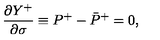
\frac { \partial Y ^ { + } } { \partial \sigma } \equiv P ^ { + } - \bar { P } ^ { + } = 0 ,